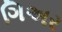
ગિઅર